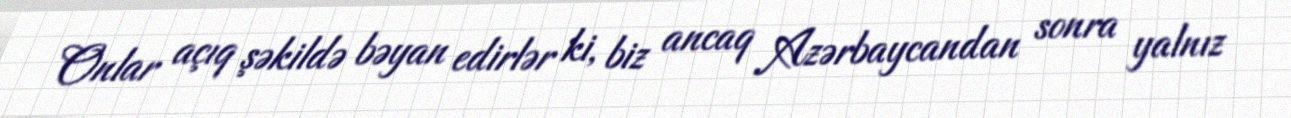
Onlar açıq şəkildə bəyan edirlər ki, biz ancaq Azərbaycandan sonra yalnız